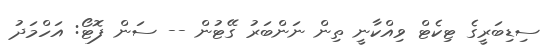
ސިޑިބަރީގެ ޓިކެޓް ވިއްކާނީ ތިން ނަންބަރު ގޭޓުން -- ސަން ފޮޓޯ: އަހްމަދު